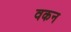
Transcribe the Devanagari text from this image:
वकन